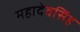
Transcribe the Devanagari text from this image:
महादेवसिंह